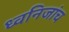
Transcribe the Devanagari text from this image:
ध्वनिजांच